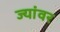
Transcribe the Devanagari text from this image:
ज्यांवर